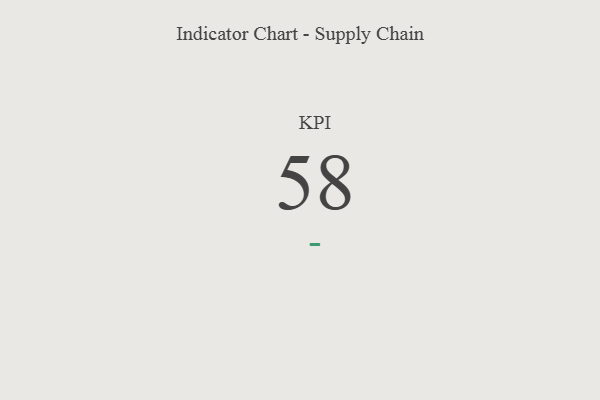
{"axis": {"x": "KPI", "y": "Value"}, "legend": [""], "data": [{"x": "KPI", "y": 58, "type": ""}]}